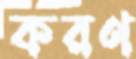
করণ